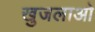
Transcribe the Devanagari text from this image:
खुजलाओ